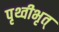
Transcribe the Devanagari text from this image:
पृथ्वीभृत्